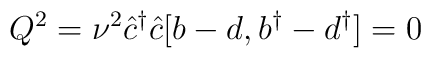
Q^{2} = {\nu}^{2}\hat{c}^{\dagger}\hat{c}[b - d, b^{\dagger}- d^{\dagger}] = 0